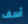
آسف